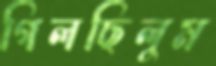
গিলছিলুম